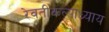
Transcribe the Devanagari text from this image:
रेवतीकल्पाध्याय